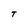
Character: T